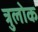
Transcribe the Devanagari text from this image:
त्रुलोक